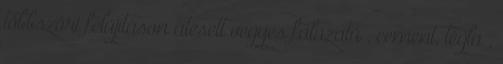
többszöri felújításon átesett vegyes falazatú , cement, tégla ,